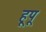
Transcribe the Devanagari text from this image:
हूपू